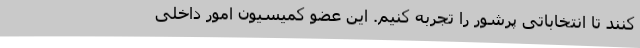
کنند تا انتخاباتی پرشور را تجربه کنیم. این عضو کمیسیون امور داخلی